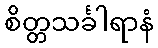
စိတ္တသင်္ခါရာနံ